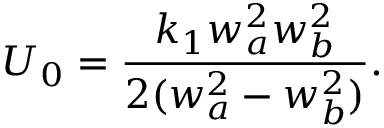
U _ { 0 } = \frac { k _ { 1 } w _ { a } ^ { 2 } w _ { b } ^ { 2 } } { 2 ( w _ { a } ^ { 2 } - w _ { b } ^ { 2 } ) } .